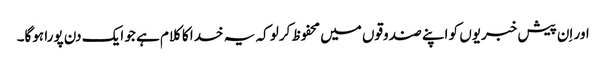
اور اِن پیش خبریوں کو اپنے صندوقوں میں محفوظ کرلو کہ یہ خدا کا کلام ہے جو ایک دن پورا ہوگا۔